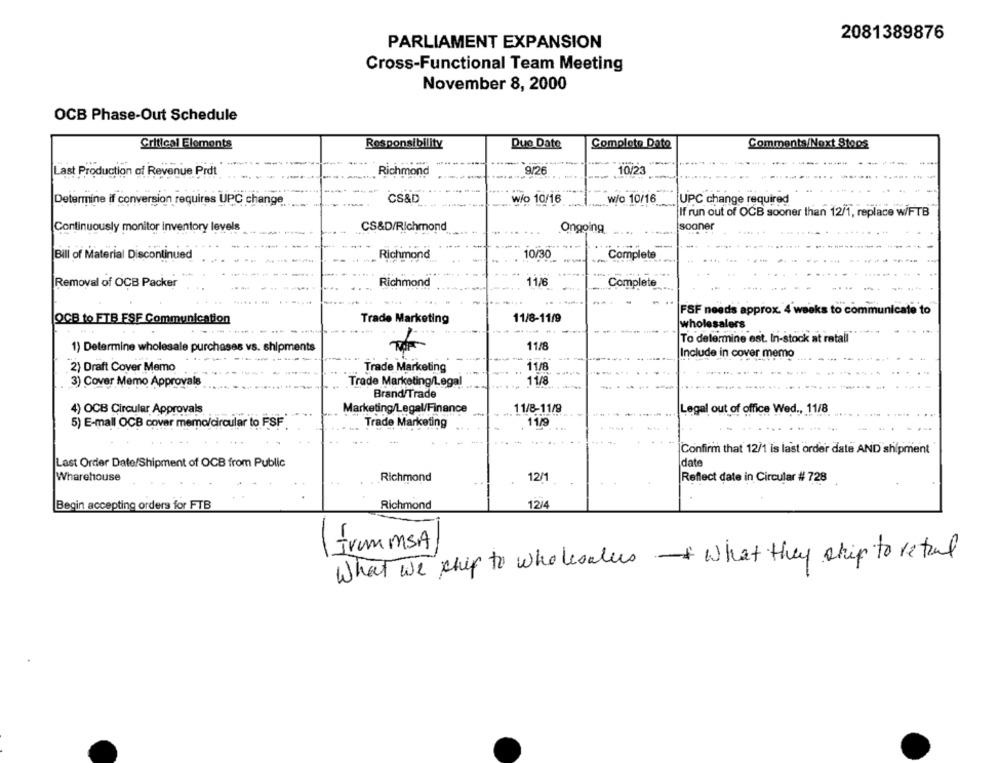
2081389876
PARLIAMENT EXPANSION
Cross-Functional Team Meeting
November 8, 2000
OCB Phase-Out Schedule
Critical Elements
Responsibility
Due Date
Complete Date
Comments/Next Steps
Last Production of Revenue Prdt
Richmond
9/26
10/23
Determine if conversion requires UPC change
CS&D
w/o 10/16
w/o 10/16
UPC change required
If run out of OCB sooner than 12/1, replace w/FTB
Continuously monitor inventory levels
CS&D/Richmond
Ongoing
sooner
....
Bill of Material Discontinued
Richmond
10/30
39.
Complete
Richmond
11/6
Removal of OCB Packer
Complete
FSF needs approx. 4 weeks to communicate to
QCB to FTB FSF Communication
Trade Marketing
11/8-11/9
wholesalers
To determine est. In-stock at ratall
1) Determine wholesale purchases vs. shipments
11/8
Include in cover
ema
2) Draft Cover Memo
11/8
Trade Marketing
11/8
3) Cover Memo Approvals
Trade Marketing/Legal
Brand Trade
4) OCB Circular Approvals
Marketing/Legal/Finance
11/8-11/9
Legal out of office Wed ., 11/8
5) E-mall OCB cover memo/circular to FSF
Trade Marketing
11/9
Confirm that 12/1 is last order date AND shipment
Last Order Date/Shipment of OCB from Public
date
Wharehouse
Richmond
12/
Reflect date in Circular # 728
Begin accepting orders for FTB
Richmond
12/4
Irom MSA
-
What we ship to wholesalers what they skip to retund